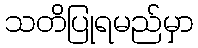
သတိပြုရမည်မှာ